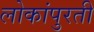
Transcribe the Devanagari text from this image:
लोकांपुरती